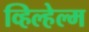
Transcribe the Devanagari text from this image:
व्हिल्हेल्म